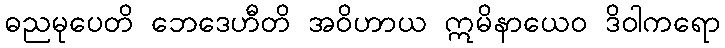
ဓညမုပေတိ ဘေဒေဟီတိ အဝိဟာယ ဣမိနာယေဝ ဒိဝါကရော